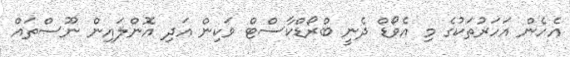
އެހެން އަހަރުތަކުގެ މި އެވޯޑް ދެނީ ބްރޯޑްކާސްޓް ވަކިން އަދި އޮންލައިން ނޫސްތައް